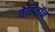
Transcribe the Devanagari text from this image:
वेरिजॉन